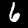
Digit: 6